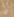
لي